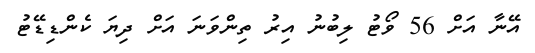
އޭނާ އަށް 56 ވޯޓު ލިބުނު އިރު ތިންވަނަ އަށް ދިޔަ ކެންޑިޑޭޓު